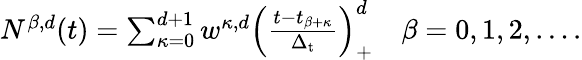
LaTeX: \begin{array}{r}{N^{\beta,d}(t)=\sum_{\kappa=0}^{d+1}w^{\kappa,d}\left(\frac{t-t_{\beta+\kappa}}{\Delta_{\mathrm{t}}}\right)_{+}^{d}\quad\beta=0,1,2,\ldots.}\end{array}